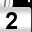
Digit: 2